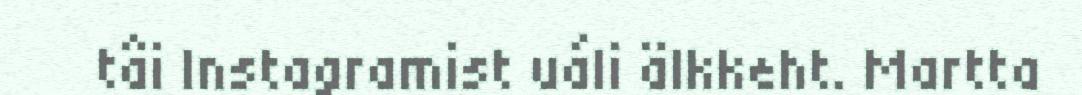
tâi Instagramist uáli älkkeht. Martta